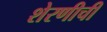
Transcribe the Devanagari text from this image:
शेरणीची